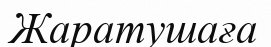
Жаратушаға